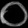
Digit: ၀